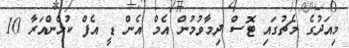
މިއަދުގެ މެޗުގައި ޓޮސް ދިމާވުމުން އެމް އެން ޑީ އެފް ކުޅެންއަރާ 10